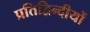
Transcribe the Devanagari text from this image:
प्रतिद्विन्दीयों